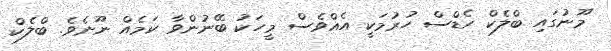
މޫނުގައި ބްލެކް ހެޑްސް ހުރުމަކީ އެއްވެސް މީހަކު ބޭނުންވާ ކަމެއް ނޫނެވެ. ބްލެކް